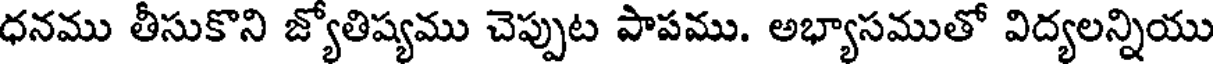
ధనము తీసుకొని జ్యోతిష్యము చెప్పుట పాపము. అభ్యాసముతో విద్యలన్నియు